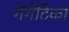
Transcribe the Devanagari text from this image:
गेंगेटिका